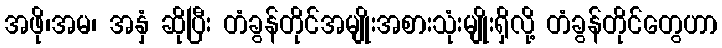
အဖို၊အမ၊ အနှံ ဆိုပြီး တံခွန်တိုင်အမျိုးအစားသုံးမျိုးရှိလို့ တံခွန်တိုင်တွေဟာ